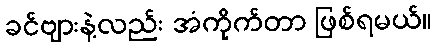
ခင်ဗျားနဲ့လည်း အံကိုက်တာ ဖြစ်ရမယ်။